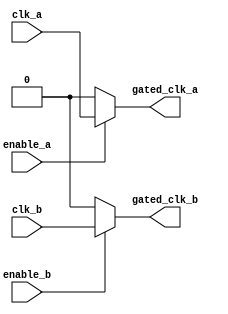
module clock_gating (
    input wire clk_a,            // Clock for memory block A
    input wire clk_b,            // Clock for memory block B
    input wire enable_a,         // Enable signal for memory block A
    input wire enable_b,         // Enable signal for memory block B
    output wire gated_clk_a,     // Gated clock output for memory block A
    output wire gated_clk_b      // Gated clock output for memory block B
);

    // Clock gating logic for memory block A
    assign gated_clk_a = enable_a ? clk_a : 1'b0;

    // Clock gating logic for memory block B
    assign gated_clk_b = enable_b ? clk_b : 1'b0;

endmodule